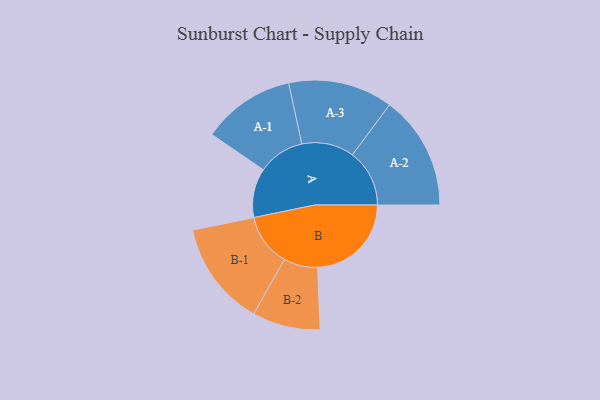
{"axis": {"x": "Segment", "y": "Value"}, "legend": ["", "A", "B"], "data": [{"x": "A", "y": 255, "type": ""}, {"x": "B", "y": 486, "type": ""}, {"x": "A-1", "y": 241, "type": "A"}, {"x": "A-2", "y": 296, "type": "A"}, {"x": "A-3", "y": 271, "type": "A"}, {"x": "B-1", "y": 272, "type": "B"}, {"x": "B-2", "y": 176, "type": "B"}]}